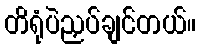
တိရုံပဲညှပ်ချင်တယ်။